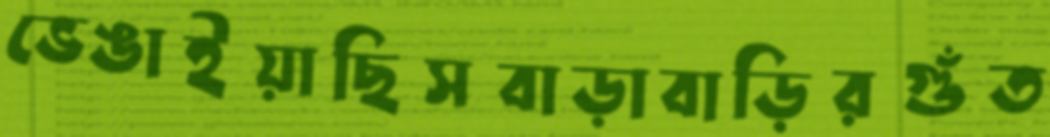
ভেঙাইয়াছিসবাড়াবাড়িরগুঁত